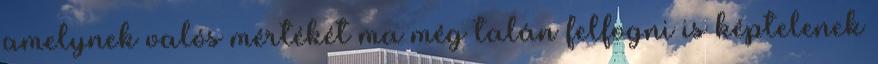
amelynek valós mértékét ma még talán felfogni is képtelenek